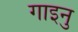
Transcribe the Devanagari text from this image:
गाइनु